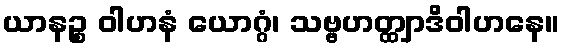
ယာနဉ္စ ဝါဟနံ ယောဂ္ဂံ၊ သဗ္ဗဟတ္ထျာဒိဝါဟနေ။